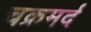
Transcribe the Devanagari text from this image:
चक्रमर्द